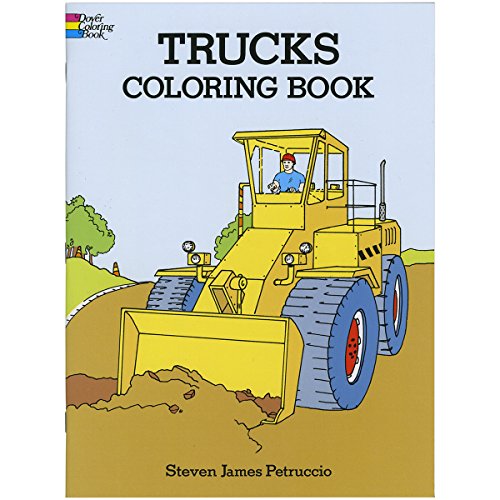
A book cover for Trucks Coloring Book (Dover Design Coloring Books); Steven James Petruccio; Children's Books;